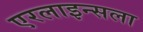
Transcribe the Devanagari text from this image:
एरलाइन्सला